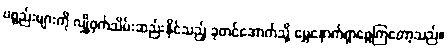
ပစ္စည်းများကို လျှို့ဝှက်သိမ်းဆည်းနိုင်သည့် ခုတင်အောက်သို့ မွှေနှောက်ရှာဖွေကြတော့သည်။